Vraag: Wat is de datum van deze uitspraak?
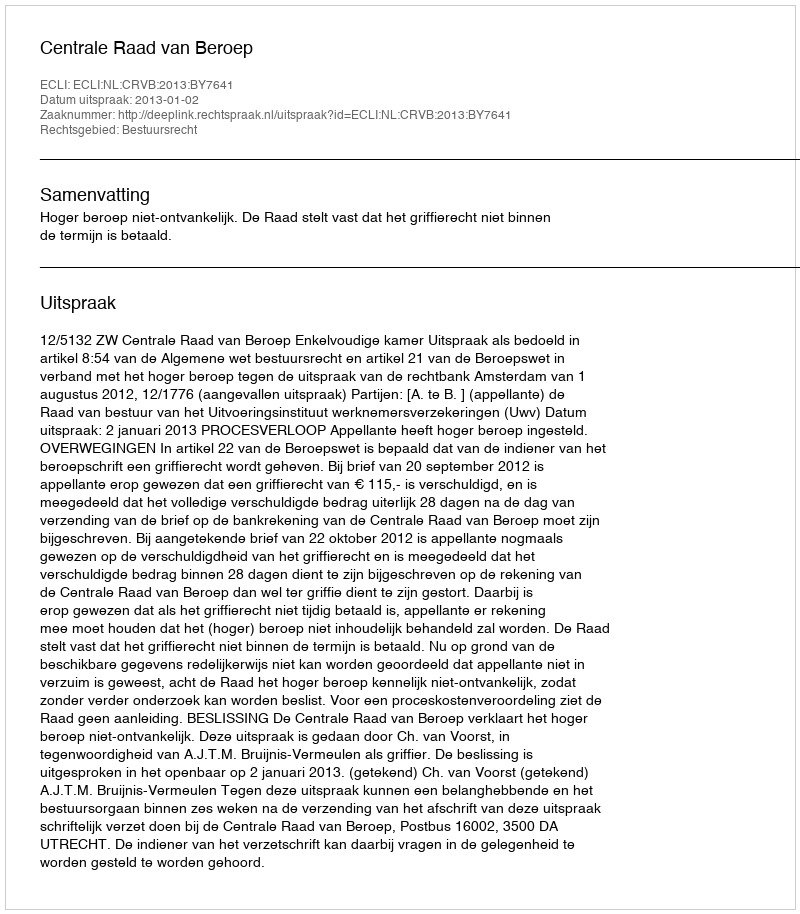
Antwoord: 2013-01-02